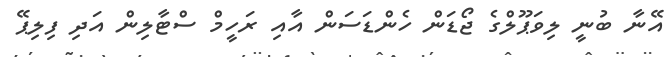
އޭނާ ބުނީ ލިވަޕޫލްގެ ޖޯޑަން ހެންޑަސަން އާއި ރަހީމް ސްޓާލިން އަދި ފިިިލިޕޭ